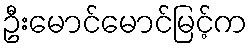
ဦးမောင်မောင်မြင့်က